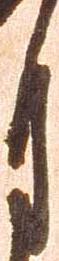
月